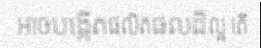
អាចបង្កើតផលិតផលដ៏ល្អ តើ